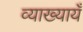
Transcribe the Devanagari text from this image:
व्याख्यायँ